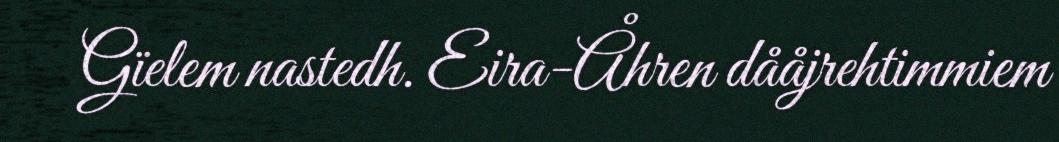
Gïelem nastedh. Eira-Åhren dååjrehtimmiem